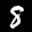
Label: 8